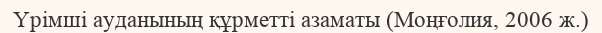
Үрімші ауданының құрметті азаматы (Моңғолия, 2006 ж.)